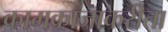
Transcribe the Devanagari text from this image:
कामकाजाकरीता